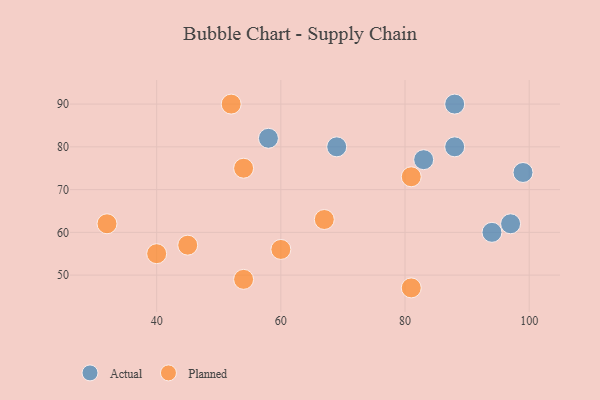
{"axis": {"x": "GDP", "y": "Life Expectancy"}, "legend": ["Actual", "Planned"], "data": [{"x": "97", "y": 62, "type": "Actual"}, {"x": "94", "y": 60, "type": "Actual"}, {"x": "88", "y": 90, "type": "Actual"}, {"x": "83", "y": 77, "type": "Actual"}, {"x": "69", "y": 80, "type": "Actual"}, {"x": "99", "y": 74, "type": "Actual"}, {"x": "88", "y": 80, "type": "Actual"}, {"x": "58", "y": 82, "type": "Actual"}, {"x": "81", "y": 47, "type": "Planned"}, {"x": "81", "y": 73, "type": "Planned"}, {"x": "40", "y": 55, "type": "Planned"}, {"x": "60", "y": 56, "type": "Planned"}, {"x": "45", "y": 57, "type": "Planned"}, {"x": "52", "y": 90, "type": "Planned"}, {"x": "54", "y": 75, "type": "Planned"}, {"x": "32", "y": 62, "type": "Planned"}, {"x": "54", "y": 49, "type": "Planned"}, {"x": "67", "y": 63, "type": "Planned"}]}